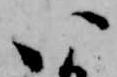
い